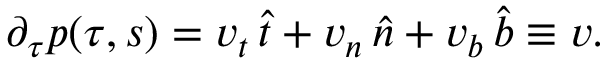
\begin{array} { r } { \partial _ { \tau } p ( \tau , s ) = v _ { t } \, \widehat { t } + v _ { n } \, \widehat { n } + v _ { b } \, \widehat { b } \equiv v . } \end{array}